Indian journal of veterinary science and animal husbandry - Volume 14,
Year: 1944
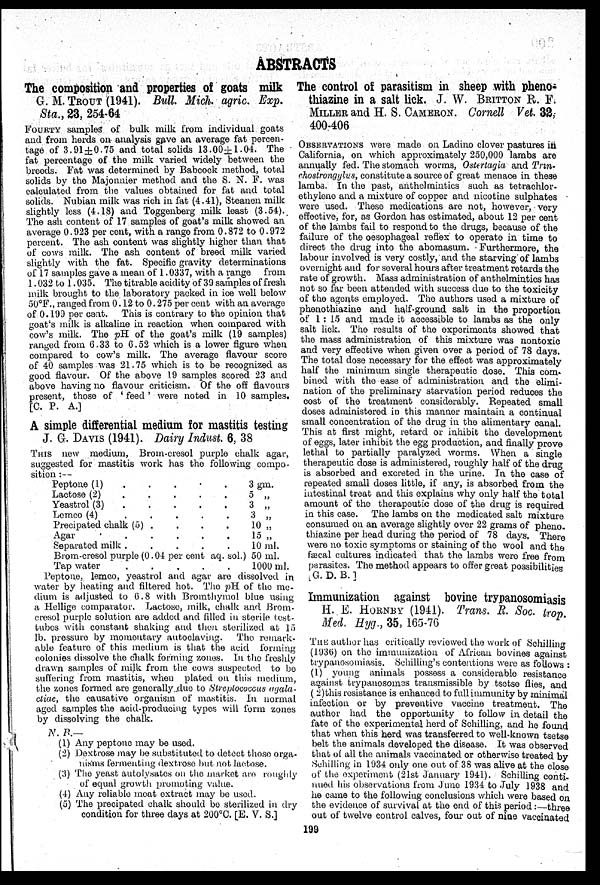
ABSTRACTS
The composition and properties of goats milk
G. M. TROUT (1941). Bull. Mich. agric. Exp.
Sta., 23, 254-64
FOURTY samples of bulk milk from individual goats
and from herds on analysis gave an average fat percen-
tage of 3.91±0.75 and total solids 13.00±1.04. The
fat percentage of the milk varied widely between the
breeds. Fat was determined by Babcock method, total
solids by the Majonnier method and the S. N. F. was
calculated from the values obtained for fat and total
solids. Nubian milk was rich in fat (4.41), Steanen milk
slightly less (4.18) and Toggenberg milk least (3.54).
The ash content of 17 samples of goat's milk showed an
average 0.923 per cent, with a range from 0.872 to 0.972
percent. The ash content was slightly higher than that
of cows milk. The ash content of breed milk varied
slightly with the fat. Specific gravity determinations
of 17 samples gave a mean of 1.0337, with a range from
1.032 to 1.035. The titrable acidity of 39 samples of fresh
milk brought to the laboratory packed in ice well below
50°F., ranged from 0.12 to 0.275 per cent with an average
of 0.199 per cent. This is contrary to the opinion that
goat's milk is alkaline in reaction when compared with
cow's milk. The pH of the goat's milk (19 samples)
ranged from 6.33 to 6.52 which is a lower figure when
compared to cow's milk. The average flavour score
of 40 samples was 21.75 which is to be recognized as
good flavour. Of the above 19 samples scored 23 and
above having no flavour criticism. Of the off flavours
present, those of 'feed' were noted in 10 samples.
[C. P. A.]
A simple differential medium for mastitis testing
J. G. DAVIS (1941). Dairy Indust. 6, 38
THIS new medium, Brom-cresol purple chalk agar,
suggested for mastitis work has the following compo-
sition :—
Peptone (1) . . . . .
Lactose (2) . . . . .
Yeastrol (3) . . . . .
Lemco (4) . . . . .
Precipated chalk (5) . . . . .
Agar . . . . .
Separated milk
.
.
.
.
.
Brom-cresol purple (0.04 per cent aq. sol.)
Tap water
.
.
.
.
.
3 gm.
5 „
3 „
3 „
10 „
15 „
10 ml.
50 ml.
1000 ml.
Peptone, lemco, yeastrol and agar are dissolved in
water by heating and filtered hot. The pH of the me-
dium is adjusted to 6.8 with Bromthymol blue using
a Hellige comparator. Lactose, milk, chalk and Brom-
cresol purple solution are added and filled in sterile test-
tubes with constant shaking and then sterilized at 15
lb. pressure by momentary autoclaving. The remark-
able feature of this medium is that the acid forming
colonies dissolve the chalk forming zones. In the freshly
drawn samples of milk from the cows suspected to be
suffering from mastitis, when plated on this medium,
the zones formed are generally due to Streptococcus agala-
ctiae, the causative organism of mastitis. In normal
aged samples the acid-producing types will form zones
by dissolving the chalk.
N. R.—
(1) Any peptone may be used.
(2) Dextrose may be substituted to detect those orga-
nisms fermenting dextrose but not lactose.
(3) The yeast autolysates on the market are roughly
of equal growth promoting value.
(4) Any reliable meat extract may be used.
(5) The precipated chalk should be sterilized in dry
condition for three days at 200ºC. [E. V. S.]
The control of parasitism in sheep with pheno-
thiazine in a salt lick. J. W. BRITTON R. F.
MILLER and H. S. CAMERON. Cornell Vet. 32,
400-406
OBSERVATIONS were made on Ladino clover pastures in
California, on which approximately 250,000 lambs are
annually fed. The stomach worms, Ostertagia and Trin-
chostrongylus, constitute a source of great menace in these
lambs. In the past, anthelmintics such as tetrachlor-
ethylene and a mixture of copper and nicotine sulphates
were used. These medications are not, however, very
effective, for, as Gordon has estimated, about 12 per cent
of the lambs fail to respond to the drugs, because of the
failure of the oesophageal reflex to operate in time to
direct the drug into the abomasum. Furthermore, the
labour involved is very costly, and the starving of lambs
overnight and for several hours after treatment retards the
rate of growth. Mass administration of anthelmintics has
not so far been attended with success due to the toxicity
of the agents employed. The authors used a mixture of
phenothiazine and half-ground salt in the proportion
of 1:15 and made it accessible to lambs as the only
salt lick. The results of the experiments showed that
the mass administration of this mixture was nontoxic
and very effective when given over a period of 78 days.
The total dose necessary for the effect was approximately
half the minimum single therapeutic dose. This com-
bined with the ease of administration and the elimi-
nation of the preliminary starvation period reduces the
cost of the treatment considerably. Repeated small
doses administered in this manner maintain a continual
small concentration of the drug in the alimentary canal.
This at first might, retard or inhibit the development
of eggs, later inhibit the egg production, and finally prove
lethal to partially paralyzed worms. When a single
therapeutic dose is administered, roughly half of the drug
is absorbed and excreted in the urine. In the case of
repeated small doses little, if any, is absorbed from the
intestinal treat and this explains why only half the total
amount of the therapeutic dose of the drug is required
in this case. The lambs on the medicated salt mixture
consumed on an average slightly over 22 grams of pheno-
thiazine per head during the period of 78 days. There
were no toxic symptoms or staining of the wool and the
fæcal cultures indicated that the lambs were free from
parasites. The method appears to offer great possibilities
[G. D. B.]
Immunization against bovine trypanosomiasis
H. E. HORNBY (1941). Trans. R. Soc. trop.
Med. Hyg., 35, 165-76
THE author has critically reviewed the work of Schilling
(1936) on the immunization of African bovines against
trypanosomiasis. Schilling's contentions were as follows:
(1) young animals possess a considerable resistance
against trypanosomes transmissible by tsetse flies, and
(2)this resistance is enhanced to full immunity by minimal
infection or by preventive vaccine treatment. The
author had the opportunity to follow in detail the
fate of the experimental herd of Schilling and he found
that when this herd was transferred to well-known tsetse
belt the animals developed the disease. It was observed
that of all the animals vaccinated or otherwise treated by
Schilling in 1934 only one out of 38 was alive at the close
of the experiment (21st January 1941). Schilling conti-
nued his observations from June 1934 to July 1938 and
he came to the following conclusions which were based on
the evidence of survival at the end of this period:—three
out of twelve control calves, four out of nine vaccinated
199